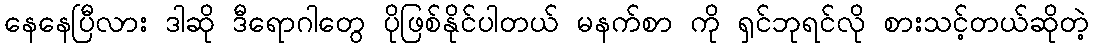
နေနေပြီလား ဒါဆို ဒီရောဂါတွေ ပိုဖြစ်နိုင်ပါတယ် မနက်စာ ကို ရှင်ဘုရင်လို စားသင့်တယ်ဆိုတဲ့